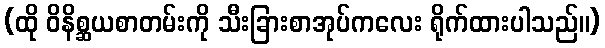
(ထို ဝိနိစ္ဆယစာတမ်းကို သီးခြားစာအုပ်ကလေး ရိုက်ထားပါသည်။)